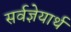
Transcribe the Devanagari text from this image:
सर्वज्ञेयार्थ